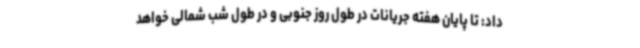
داد: تا پایان هفته جریانات در طول روز جنوبی و در طول شب شمالی خواهد